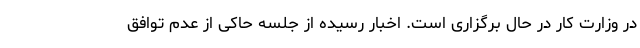
در وزارت کار در حال برگزاری است. اخبار رسیده از جلسه حاکی از عدم توافق